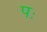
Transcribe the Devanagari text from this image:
पः